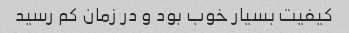
کیفیت بسیار خوب بود و در زمان کم رسید